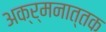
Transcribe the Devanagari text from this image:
अक्र्मनात्तक